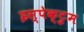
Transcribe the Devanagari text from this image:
इस्पेक्ट्रुम